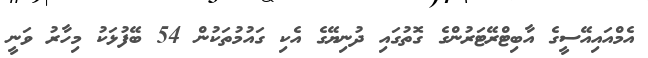
އެމްއައިއޭސީގެ އާބިޓްރޭޓަރުންގެ ގޮތުގައި ދުނިޔޭގެ އެކި ގައުމުތަކުން 54 ބޭފުޅަކު މިހާރު ވަނީ